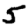
Digit: 5